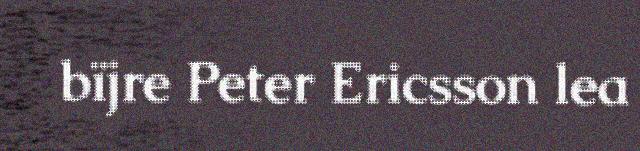
bïjre Peter Ericsson lea